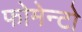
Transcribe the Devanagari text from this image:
फोमेन्टो